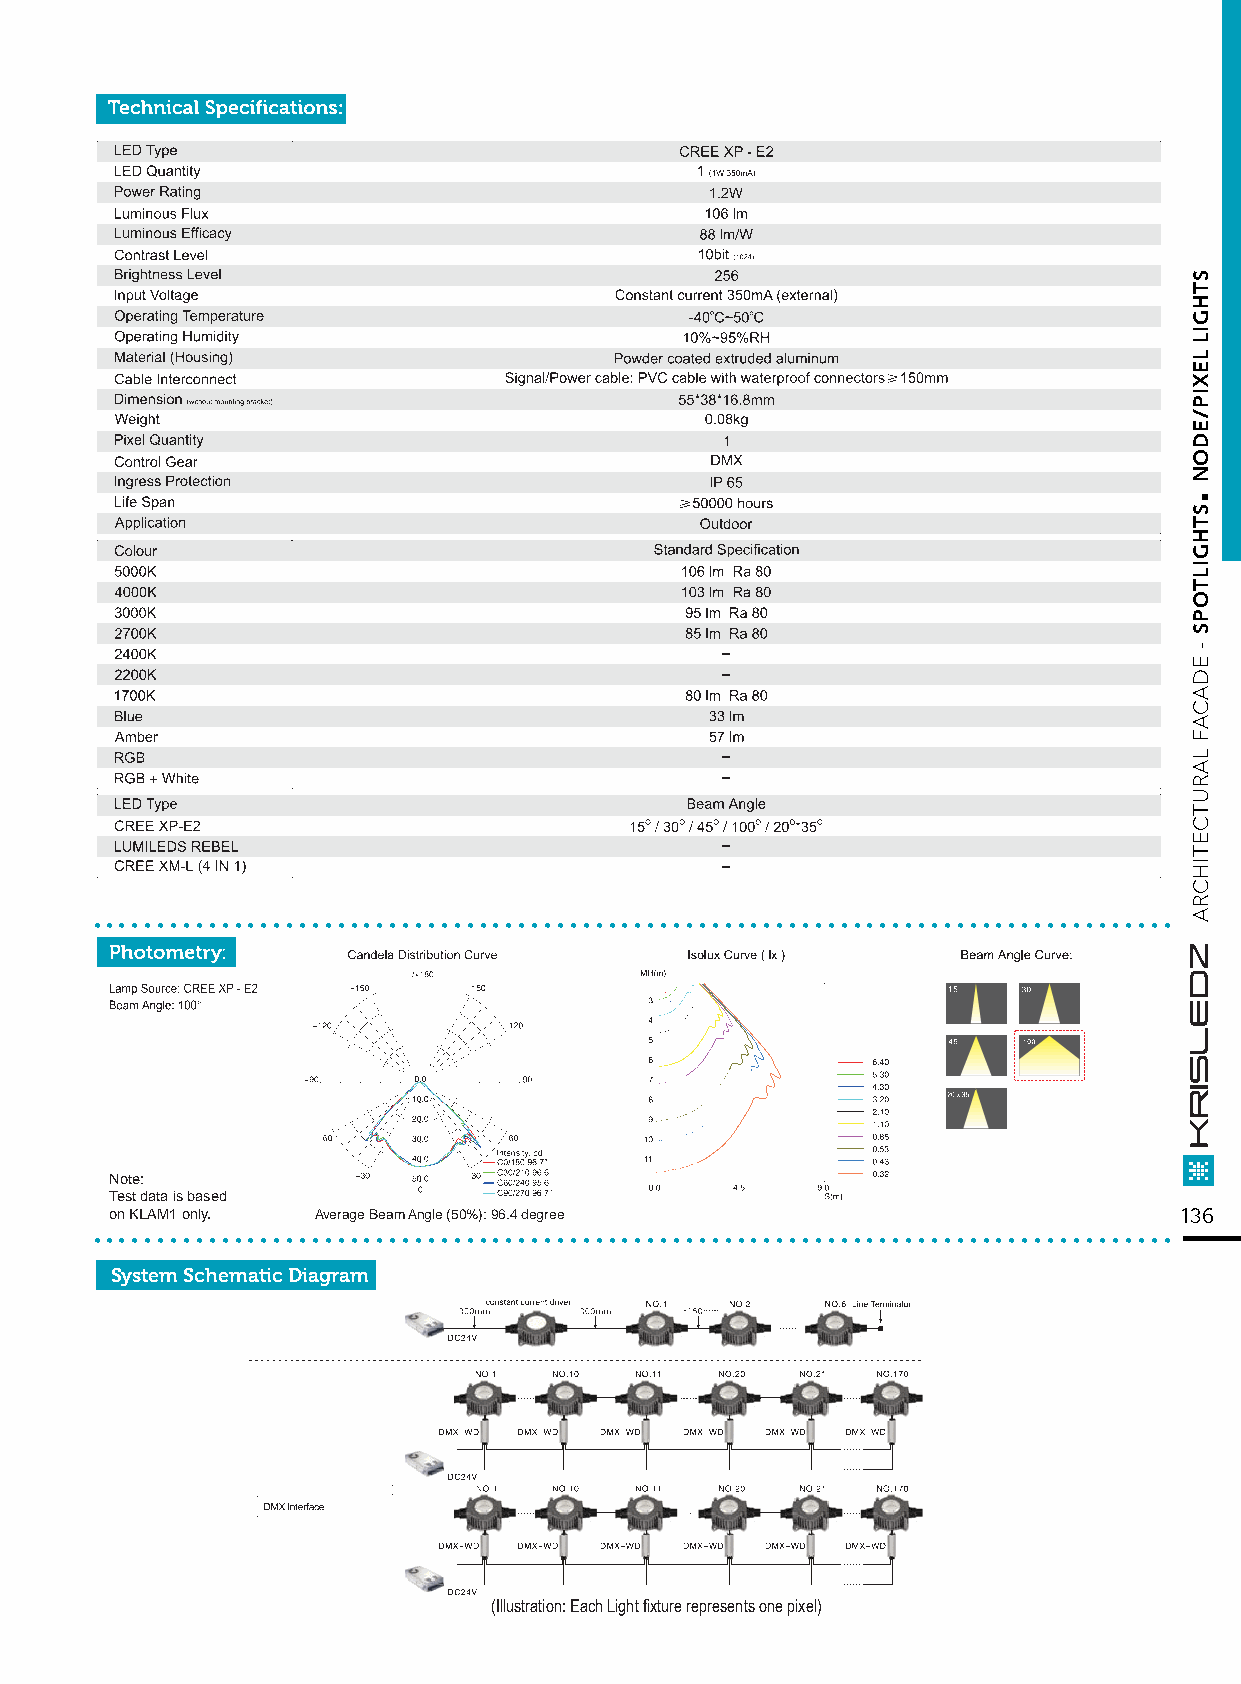
....................................................................................
 Note:
 Test data is based
 ..o.n K.L.A.M.1 o.n.ly.. ........Av.e.ra.ge. B.ea.m. A.ng.le. (5.0.%.): .96..4. de.g.re.e............................................... 136
 System Schematic Diagram
 (Illustration: Each Light fixture represents one pixel)
 .
 STHGIL
 LEXIP/EDON
 STHGILTOPS
 -
 EDACAF
 LARUTCETIHCRA